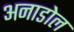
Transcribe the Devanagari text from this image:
अनाडोल